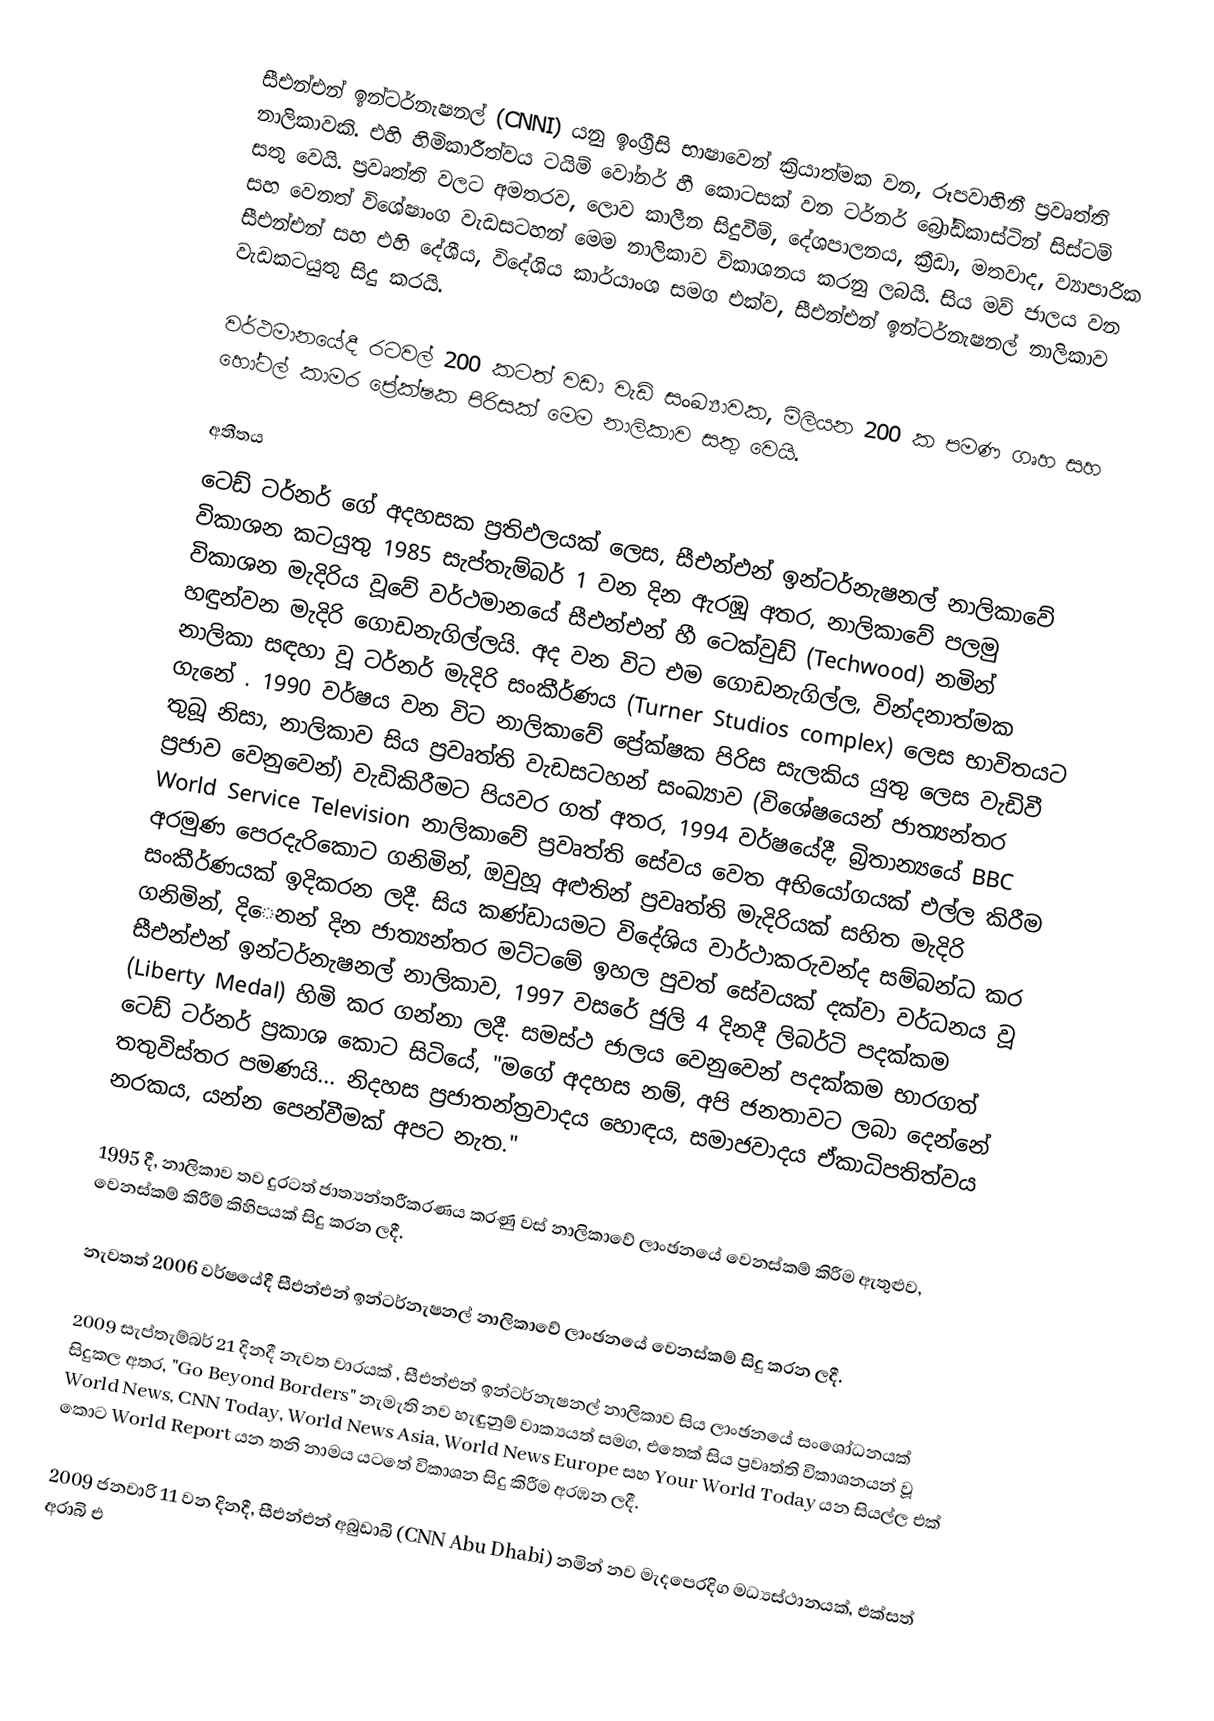
සීඑන්එන් ඉන්ටර්නැෂනල් (CNNI) යනු ඉංග්‍රීසි භාෂාවෙන් ක්‍රියාත්මක වන, රූපවාහිනී ප්‍රවෘත්ති නාලිකාවකි. එහි හිමිකාරීත්වය ටයිම් වෝනර් හී කොටසක් වන ටර්නර් බ්‍රෝඩ්කාස්ටින් සිස්ටම් සතු වෙයි. ප්‍රවෘත්ති වලට අමතරව, ලොව කාලීන සිදුවීම්, දේශපාලනය, ක්‍රීඩා, මතවාද, ව්‍යාපාරික සහ වෙනත් විශේෂාංග වැඩසටහන් මෙම නාලිකාව විකාශනය කරනු ලබයි. සිය මව් ජාලය වන සීඑන්එන් සහ එහි දේශීය, විදේශිය කාර්යාංශ සමග එක්ව, සීඑන්එන් ඉන්ටර්නැෂනල් නාලිකාව වැඩකටයුතු සිදු කරයි.

වර්ථමානයේදී රටවල් 200 කටත් වඩා වැඩි සංඛ්‍යාවක, මිලියන 200 ක පමණ ගෘහ සහ හෝටල් කාමර ප්‍රේක්ෂක පිරිසක් මෙම නාලිකාව සතු වෙයි.

අතීතය
ටෙඩ් ටර්නර් ගේ අදහසක ප්‍රතිඵලයක් ලෙස, සීඑන්එන් ඉන්ටර්නැෂනල් නාලිකාවේ විකාශන කටයුතු 1985 සැප්තැම්බර් 1 වන දින ඇරඹූ අතර, නාලිකාවේ පලමු විකාශන මැදිරිය වූවේ වර්ථමානයේ සීඑන්එන් හී ටෙක්වුඩ් (Techwood) නමින් හඳුන්වන මැදිරි ගොඩනැගිල්ලයි. අද වන විට එම ගොඩනැගිල්ල, වින්දනාත්මක නාලිකා සඳහා වූ ටර්නර් මැදිරි සංකීර්ණය (Turner Studios complex) ලෙස භාවිතයට ගැනේ . 1990 වර්ෂය වන විට නාලිකාවේ ප්‍රේක්ෂක පිරිස සැලකිය යුතු ලෙස වැඩිවී තුබූ නිසා, නාලිකාව සිය ප්‍රවෘත්ති වැඩසටහන් සංඛ්‍යාව (විශේෂයෙන් ජාත්‍යන්තර ප්‍රජාව වෙනුවෙන්) වැඩිකිරීමට පියවර ගත් අතර, 1994 වර්ෂයේදී, බ්‍රිතාන්‍යයේ BBC World Service Television නාලිකාවේ ප්‍රවෘත්ති සේවය වෙත අභියෝගයක් එල්ල කිරීම අරමුණ පෙරදැරිකොට ගනිමින්, ඔවුහූ අළුතින් ප්‍රවෘත්ති මැදිරියක් සහිත මැදිරි සංකීර්ණයක් ඉදිකරන ලදී. සිය කණ්ඩායමට විදේශිය වාර්ථාකරුවන්ද සම්බන්ධ කර ගනිමින්, දිෙනන් දින ජාත්‍යන්තර මට්ටමේ ඉහල පුවත් සේවයක් දක්වා වර්ධනය වූ සීඑන්එන් ඉන්ටර්නැෂනල් නාලිකාව, 1997 වසරේ ජුලි 4 දිනදී ලිබර්ටි පදක්කම (Liberty Medal) හිමි කර ගන්නා ලදී. සමස්ථ ජාලය වෙනුවෙන් පදක්කම භාරගත් ටෙඩ් ටර්නර් ප්‍රකාශ කොට සිටියේ, "මගේ අදහස නම්, අපි ජනතාවට ලබා දෙන්නේ තතුවිස්තර පමණයි... නිදහස ප්‍රජාතන්ත්‍රවාදය හොඳය, සමාජවාදය ඒකාධිපතිත්වය නරකය, යන්න පෙන්වීමක් අපට නැත."

1995 දී, නාලිකාව තව දුරටත් ජාත්‍යන්තරීකරණය කරණු වස් නාලිකාවේ ලාංඡනයේ වෙනස්කම් කිරීම ඇතුළුව, වෙනස්කම් කිරීම් කිහිපයක් සිදු කරන ලදී.

නැවතත් 2006 වර්ෂයේදී සීඑන්එන් ඉන්ටර්නැෂනල් නාලිකාවේ ලාංඡනයේ වෙනස්කම් සිදු කරන ලදී.

2009 සැප්තැම්බර් 21 දිනදී නැවත වාරයක් , සීඑන්එන් ඉන්ටර්නැෂනල් නාලිකාව සිය ලාංඡනයේ සංශෝධනයක් සිදුකල අතර, "Go Beyond Borders" නැමැති නව හැඳුනුම් වාක්‍යයත් සමග, එතෙක් සිය ප්‍රවෘත්ති විකාශනයන් වූ World News, CNN Today, World News Asia, World News Europe සහ Your World Today යන සියල්ල එක් කොට World Report යන තනි නාමය යටතේ විකාශන සිදු කිරීම අරඹන ලදී.

2009 ජනවාරි 11 වන දිනදී, සීඑන්එන් අබුඩාබි (CNN Abu Dhabi) නමින් නව මැදපෙරදිග මධ්‍යස්ථානයක්, එක්සත් අරාබි එ